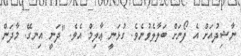
ނާޝިދުއަށް އެ ފޯނަށް ބަލާލެވުނެވެ. ގުޅަނީ ޢާލިމް އެވެ. "ދަނީ އިނގޭ. މާދަން